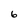
Character: 6